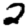
Digit: 2